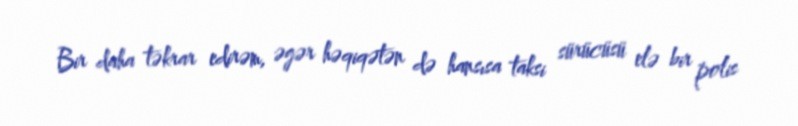
Bir daha təkrar edirəm, əgər həqiqətən də hansısa taksi sürücüsü elə bir polis